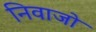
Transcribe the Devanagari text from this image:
निवाजो